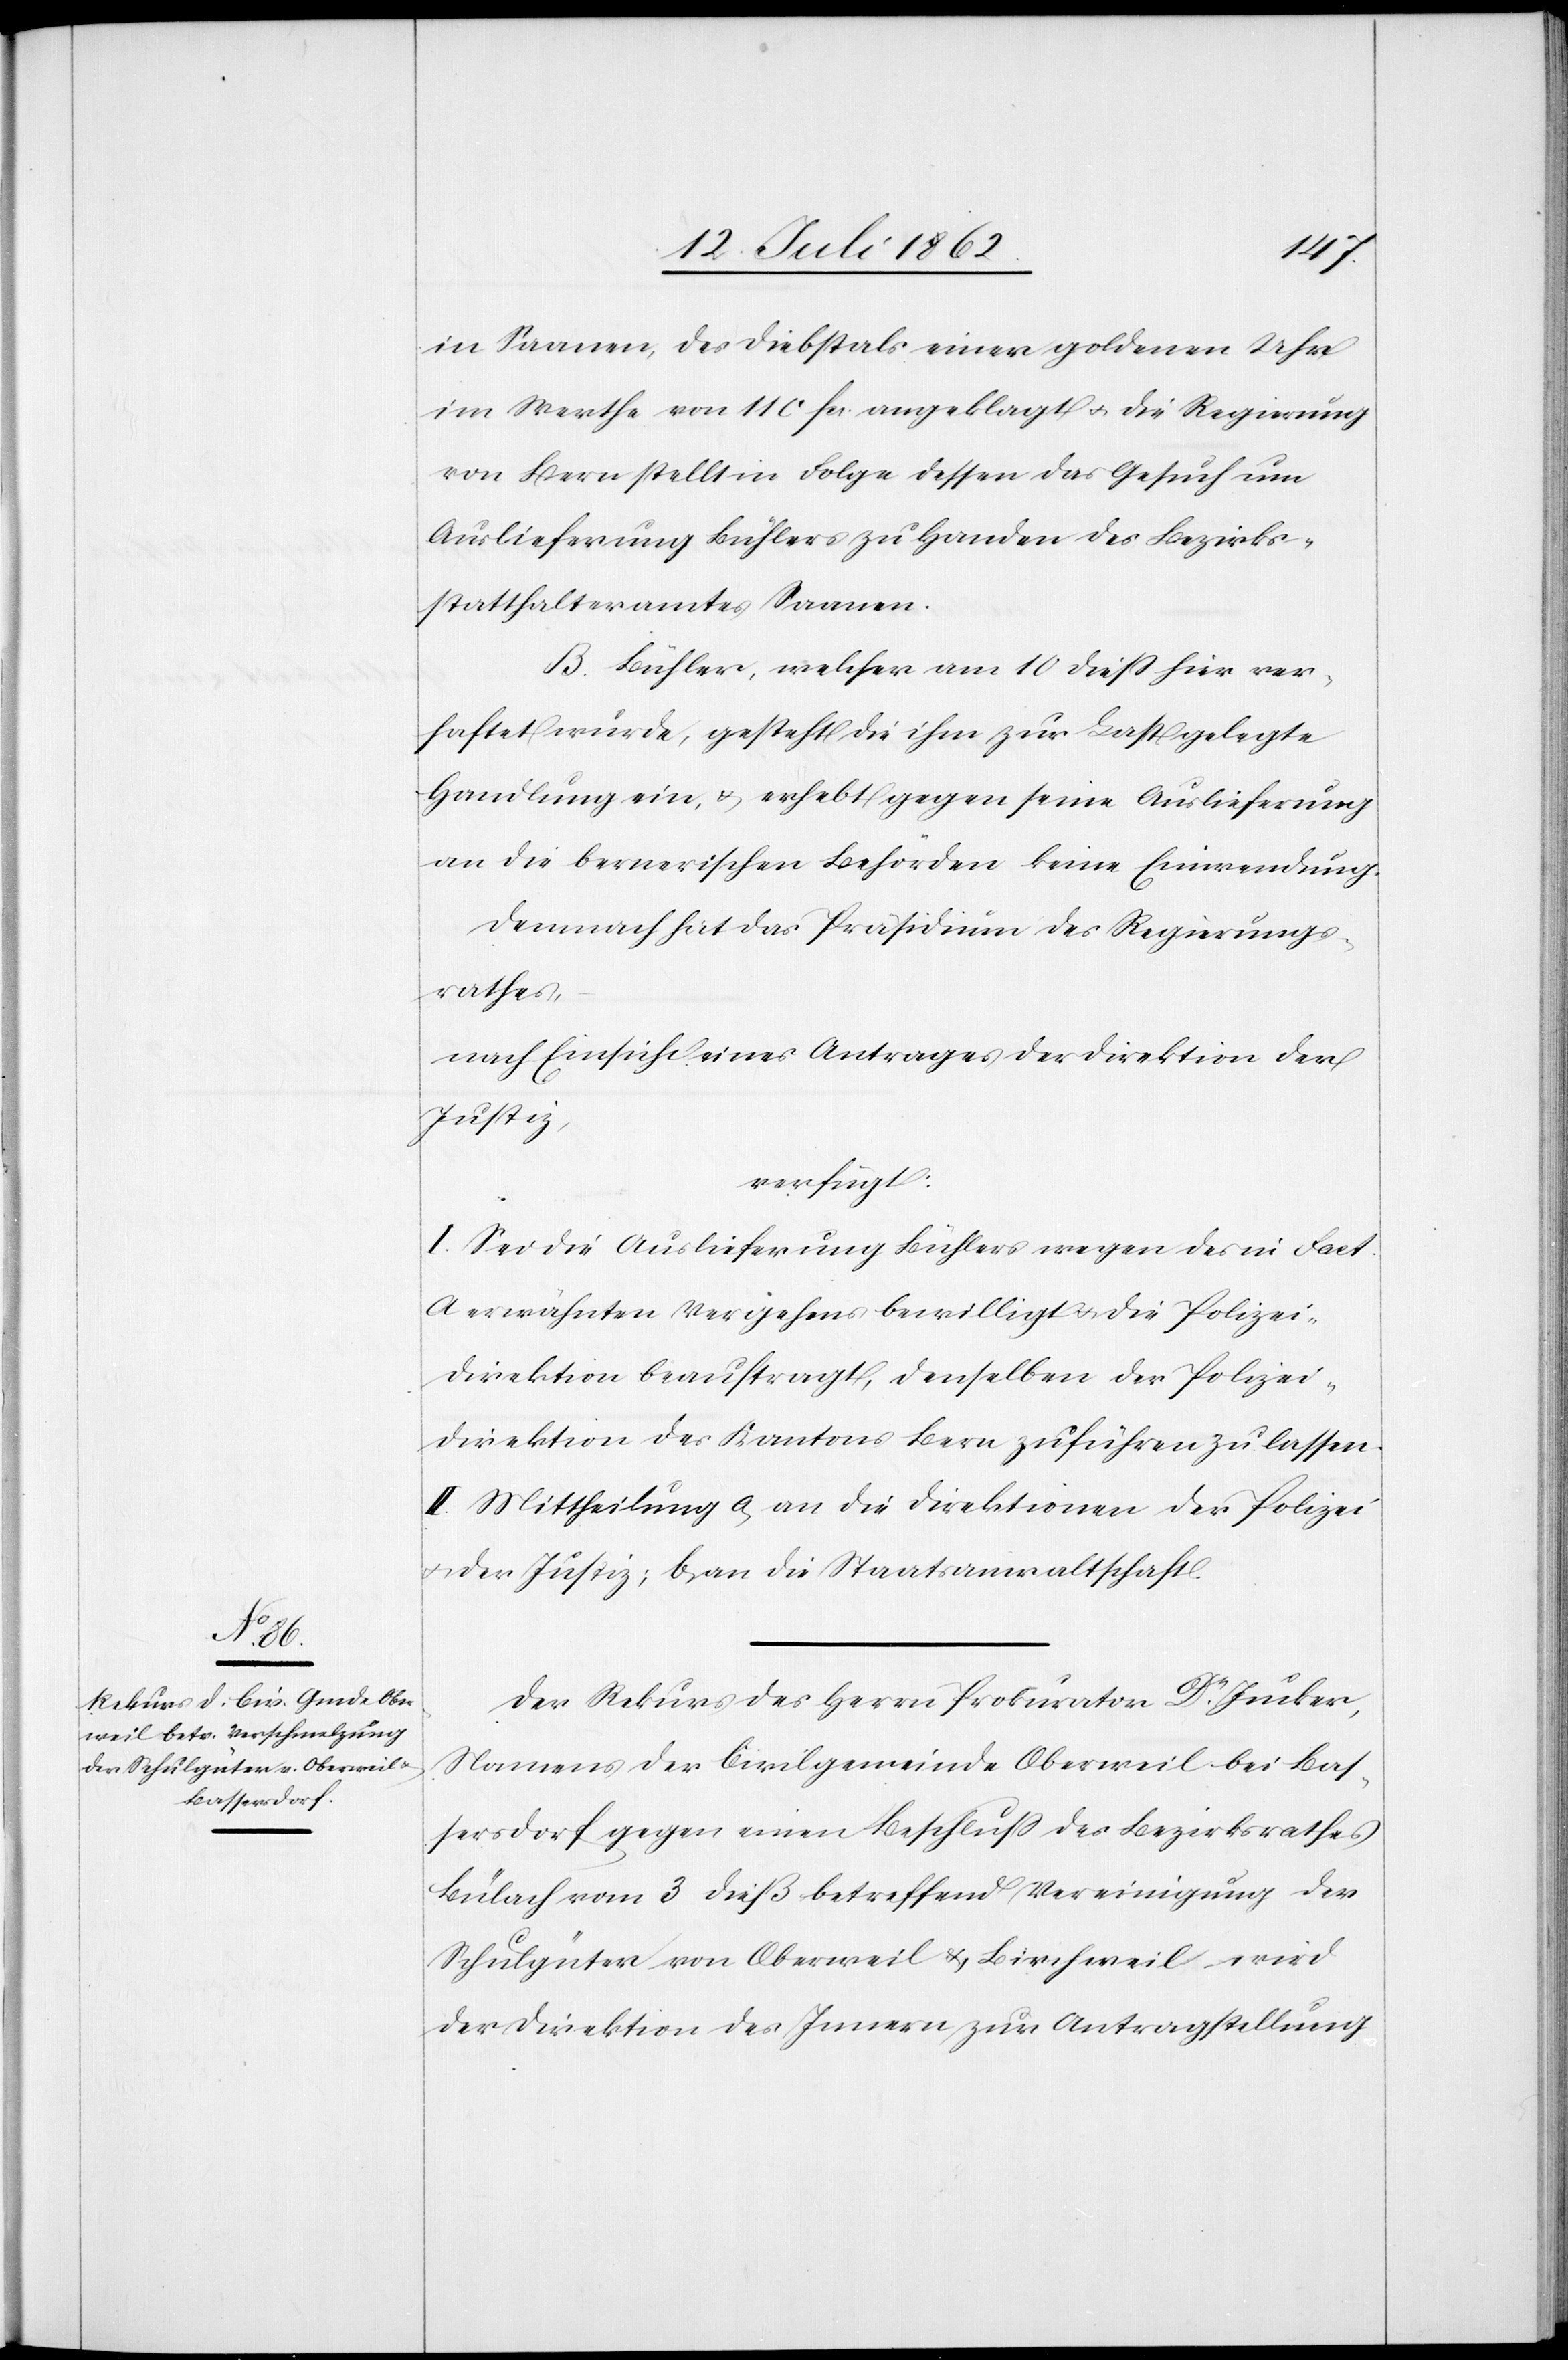
21. Juli 1862.]
in Saanen, des Diebstahls einer goldenen Uhr
im Werthe von 110 fr. angeklagt u. die Regierung
von Bern stellt in Folge dessen das Gesuch um
Auslieferung Bühlers zu Handen des Bezirks¬
statthalteramtes Saanen.
B. Bühler, welcher am 10. dieß hier ver¬
haftet wurde, gesteht die ihm zur Last gelegte
Handlung ein, u. erhebt gegen seine Auslieferung
an die bernerischen Behörden keine Einwendung.
Demnach hat das Präsidium des Regierungs¬
rathes,
nach Einsicht eines Antrages der Direktion der
Justiz,
verfügt:
I. Sei die Auslieferung Bühlers wegen des in Fact.
A erwähnten Vergehens bewilligt u. die Polizei¬
direktion beauftragt, denselben der Polizei¬
direktion des Kantons Bern zuführen zu lassen.
II. Mittheilung a. an die Direktion der Polizei
u. der Justiz; b. an die Staatsanwaltschaft.
Der Rekurs des Herrn Prokurator Dr. Jucker,
Namens der Civilgemeinde Oberweil bei Bas¬
sersdorf gegen einen Beschluß des Bezirksrathes
Bülach vom 3. dieß betreffend Vereinigung der
Schulgüter von Oberweil u. Birchweil wird
der Direktion des Innern zur Antragstellung